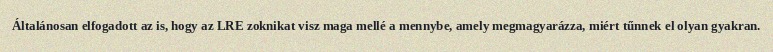
Általánosan elfogadott az is, hogy az LRE zoknikat visz maga mellé a mennybe, amely megmagyarázza, miért tűnnek el olyan gyakran.